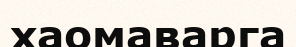
хаомаварга